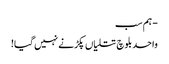
- ہم سب
واحد بلوچ تتلیاں پکڑنے نہیں گیا!